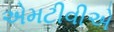
એમટીવીએ